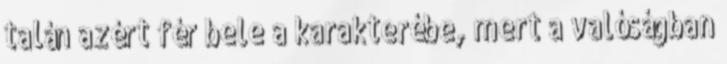
talán azért fér bele a karakterébe, mert a valóságban